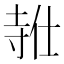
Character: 𪧸